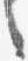
言